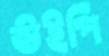
উইপি